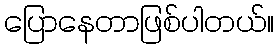
ပြောနေတာဖြစ်ပါတယ်။